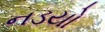
નડયો